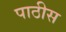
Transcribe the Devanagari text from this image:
पाठीस